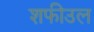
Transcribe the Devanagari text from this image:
शफीउल